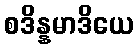
စဒိန္နမာဒိယေ